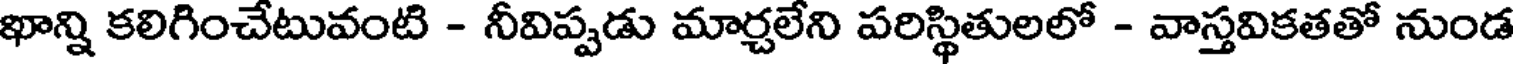
ఖాన్ని కలిగించేటువంటి - నీవిప్పడు మార్చలేని పరిస్థితులలో - వాస్తవికతతో నుండ